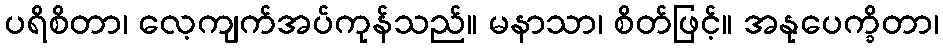
ပရိစိတာ၊ လေ့ကျက်အပ်ကုန်သည်။ မနာသာ၊ စိတ်ဖြင့်။ အနုပေက္ခိတာ၊